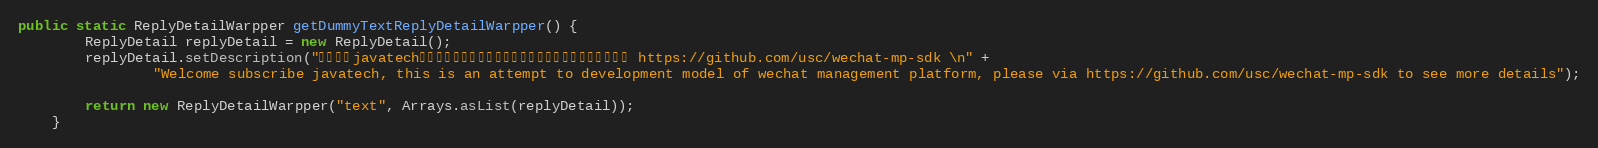
Language: Java
public static ReplyDetailWarpper getDummyTextReplyDetailWarpper() {
        ReplyDetail replyDetail = new ReplyDetail();
        replyDetail.setDescription("欢迎订阅javatech，这是微信公众平台开发模式的一个尝试，更多详情请见 https://github.com/usc/wechat-mp-sdk \n" +
                "Welcome subscribe javatech, this is an attempt to development model of wechat management platform, please via https://github.com/usc/wechat-mp-sdk to see more details");

        return new ReplyDetailWarpper("text", Arrays.asList(replyDetail));
    }